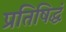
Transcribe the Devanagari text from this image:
प्रतिषिद्धं